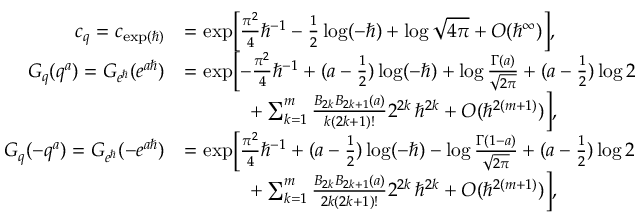
\begin{array} { r l } { c _ { q } = c _ { \exp ( \hbar ) } } & { = \exp \Bigl [ \frac { \pi ^ { 2 } } { 4 } \hbar ^ { - 1 } - \frac { 1 } { 2 } \log ( - \hbar ) + \log \sqrt { 4 \pi } + O ( \hbar ^ { \infty } ) \Bigr ] , } \\ { G _ { q } ( q ^ { a } ) = G _ { e ^ { \hbar } } ( e ^ { a \hbar } ) } & { = \exp \Bigl [ - \frac { \pi ^ { 2 } } { 4 } \hbar ^ { - 1 } + ( a - \frac { 1 } { 2 } ) \log ( - \hbar ) + \log \frac { \Gamma ( a ) } { \sqrt { 2 \pi } } + ( a - \frac { 1 } { 2 } ) \log 2 } \\ & { \phantom { = \exp x } + \sum _ { k = 1 } ^ { m } \frac { B _ { 2 k } B _ { 2 k + 1 } ( a ) } { k ( 2 k + 1 ) ! } 2 ^ { 2 k } \, \hbar ^ { 2 k } + O ( \hbar ^ { 2 ( m + 1 ) } ) \Bigr ] , } \\ { G _ { q } ( - q ^ { a } ) = G _ { e ^ { \hbar } } ( - e ^ { a \hbar } ) } & { = \exp \Bigl [ \frac { \pi ^ { 2 } } { 4 } \hbar ^ { - 1 } + ( a - \frac { 1 } { 2 } ) \log ( - \hbar ) - \log \frac { \Gamma ( 1 - a ) } { \sqrt { 2 \pi } } + ( a - \frac { 1 } { 2 } ) \log 2 } \\ & { \phantom { = \exp x } + \sum _ { k = 1 } ^ { m } \frac { B _ { 2 k } B _ { 2 k + 1 } ( a ) } { 2 k ( 2 k + 1 ) ! } 2 ^ { 2 k } \, \hbar ^ { 2 k } + O ( \hbar ^ { 2 ( m + 1 ) } ) \Bigr ] , } \end{array}